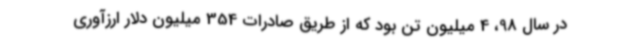
در سال 98، 4 میلیون تن بود که از طریق صادرات 354 میلیون دلار ارزآوری